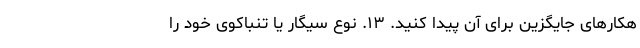
هکارهای جایگزین برای آن پیدا کنید. ۱۳. نوع سیگار یا تنباکوی خود را